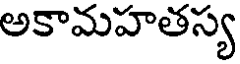
అకామహతస్య